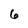
Character: 6